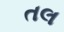
તલ